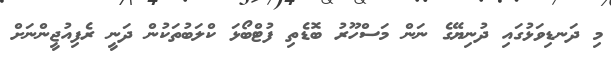
މި ދަނޑިވަޅުގައި ދުނިޔޭގެ ނަން މަސްހޫރު ބޮޑެތި ފުޓްބޯޅަ ކްލަބުތަކުން ދަނީ ރެފިއުޖީންނަށް